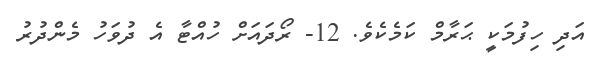
އަދި ހިފުމަކީ ޙަރާމް ކަމެކެވެ. 12- ރޯދައަށް ހުއްޓާ އެ ދުވަހު މެންދުރު